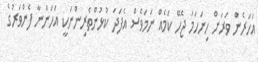
އަހަރެން ވަރަށް ހިނަހަމަ ޖެހޭ ކަމެއް ނަމަވެސް އެފަދަ ކުޅުންތެރިންނަކީ އަހަންނާ ފެންވަރުގެ